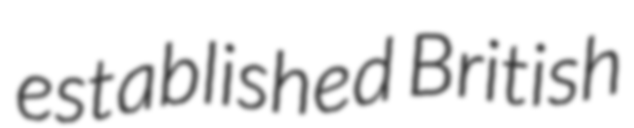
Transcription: established British